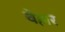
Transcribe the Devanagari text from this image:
वेश्लर